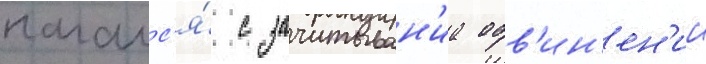
началс'я́ с зачитыван'иа обв'ин'ен'ии